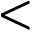
\mathrm { \textless }